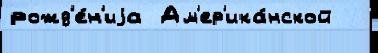
рожд'е́н'иjа Ам'ер'ика́нской